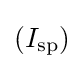
\left(I_{\text{sp}}\right)